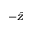
- \hat { z }